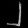
Digit: ၂